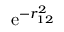
\mathrm { e } ^ { - r _ { 1 2 } ^ { 2 } }